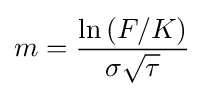
m={\frac {\ln \left(F/K\right)}{\sigma {\sqrt {\tau }}}}